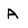
Character: A